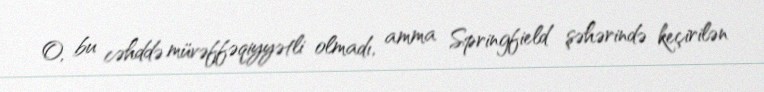
O, bu cəhddə müvəffəqiyyətli olmadı, amma Springfield şəhərində keçirilən